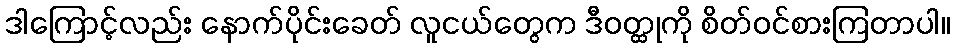
ဒါကြောင့်လည်း နောက်ပိုင်းခေတ် လူငယ်တွေက ဒီဝတ္ထုကို စိတ်ဝင်စားကြတာပါ။